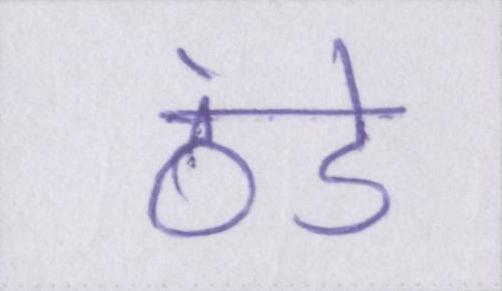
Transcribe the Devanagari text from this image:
ठंडे